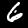
Label: 6